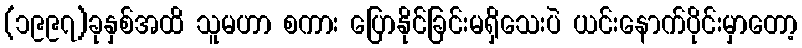
(၁၉၉၇)ခုနှစ်အထိ သူမဟာ စကား ပြောနိုင်ခြင်းမရှိသေးပဲ ယင်းနောက်ပိုင်းမှာတော့